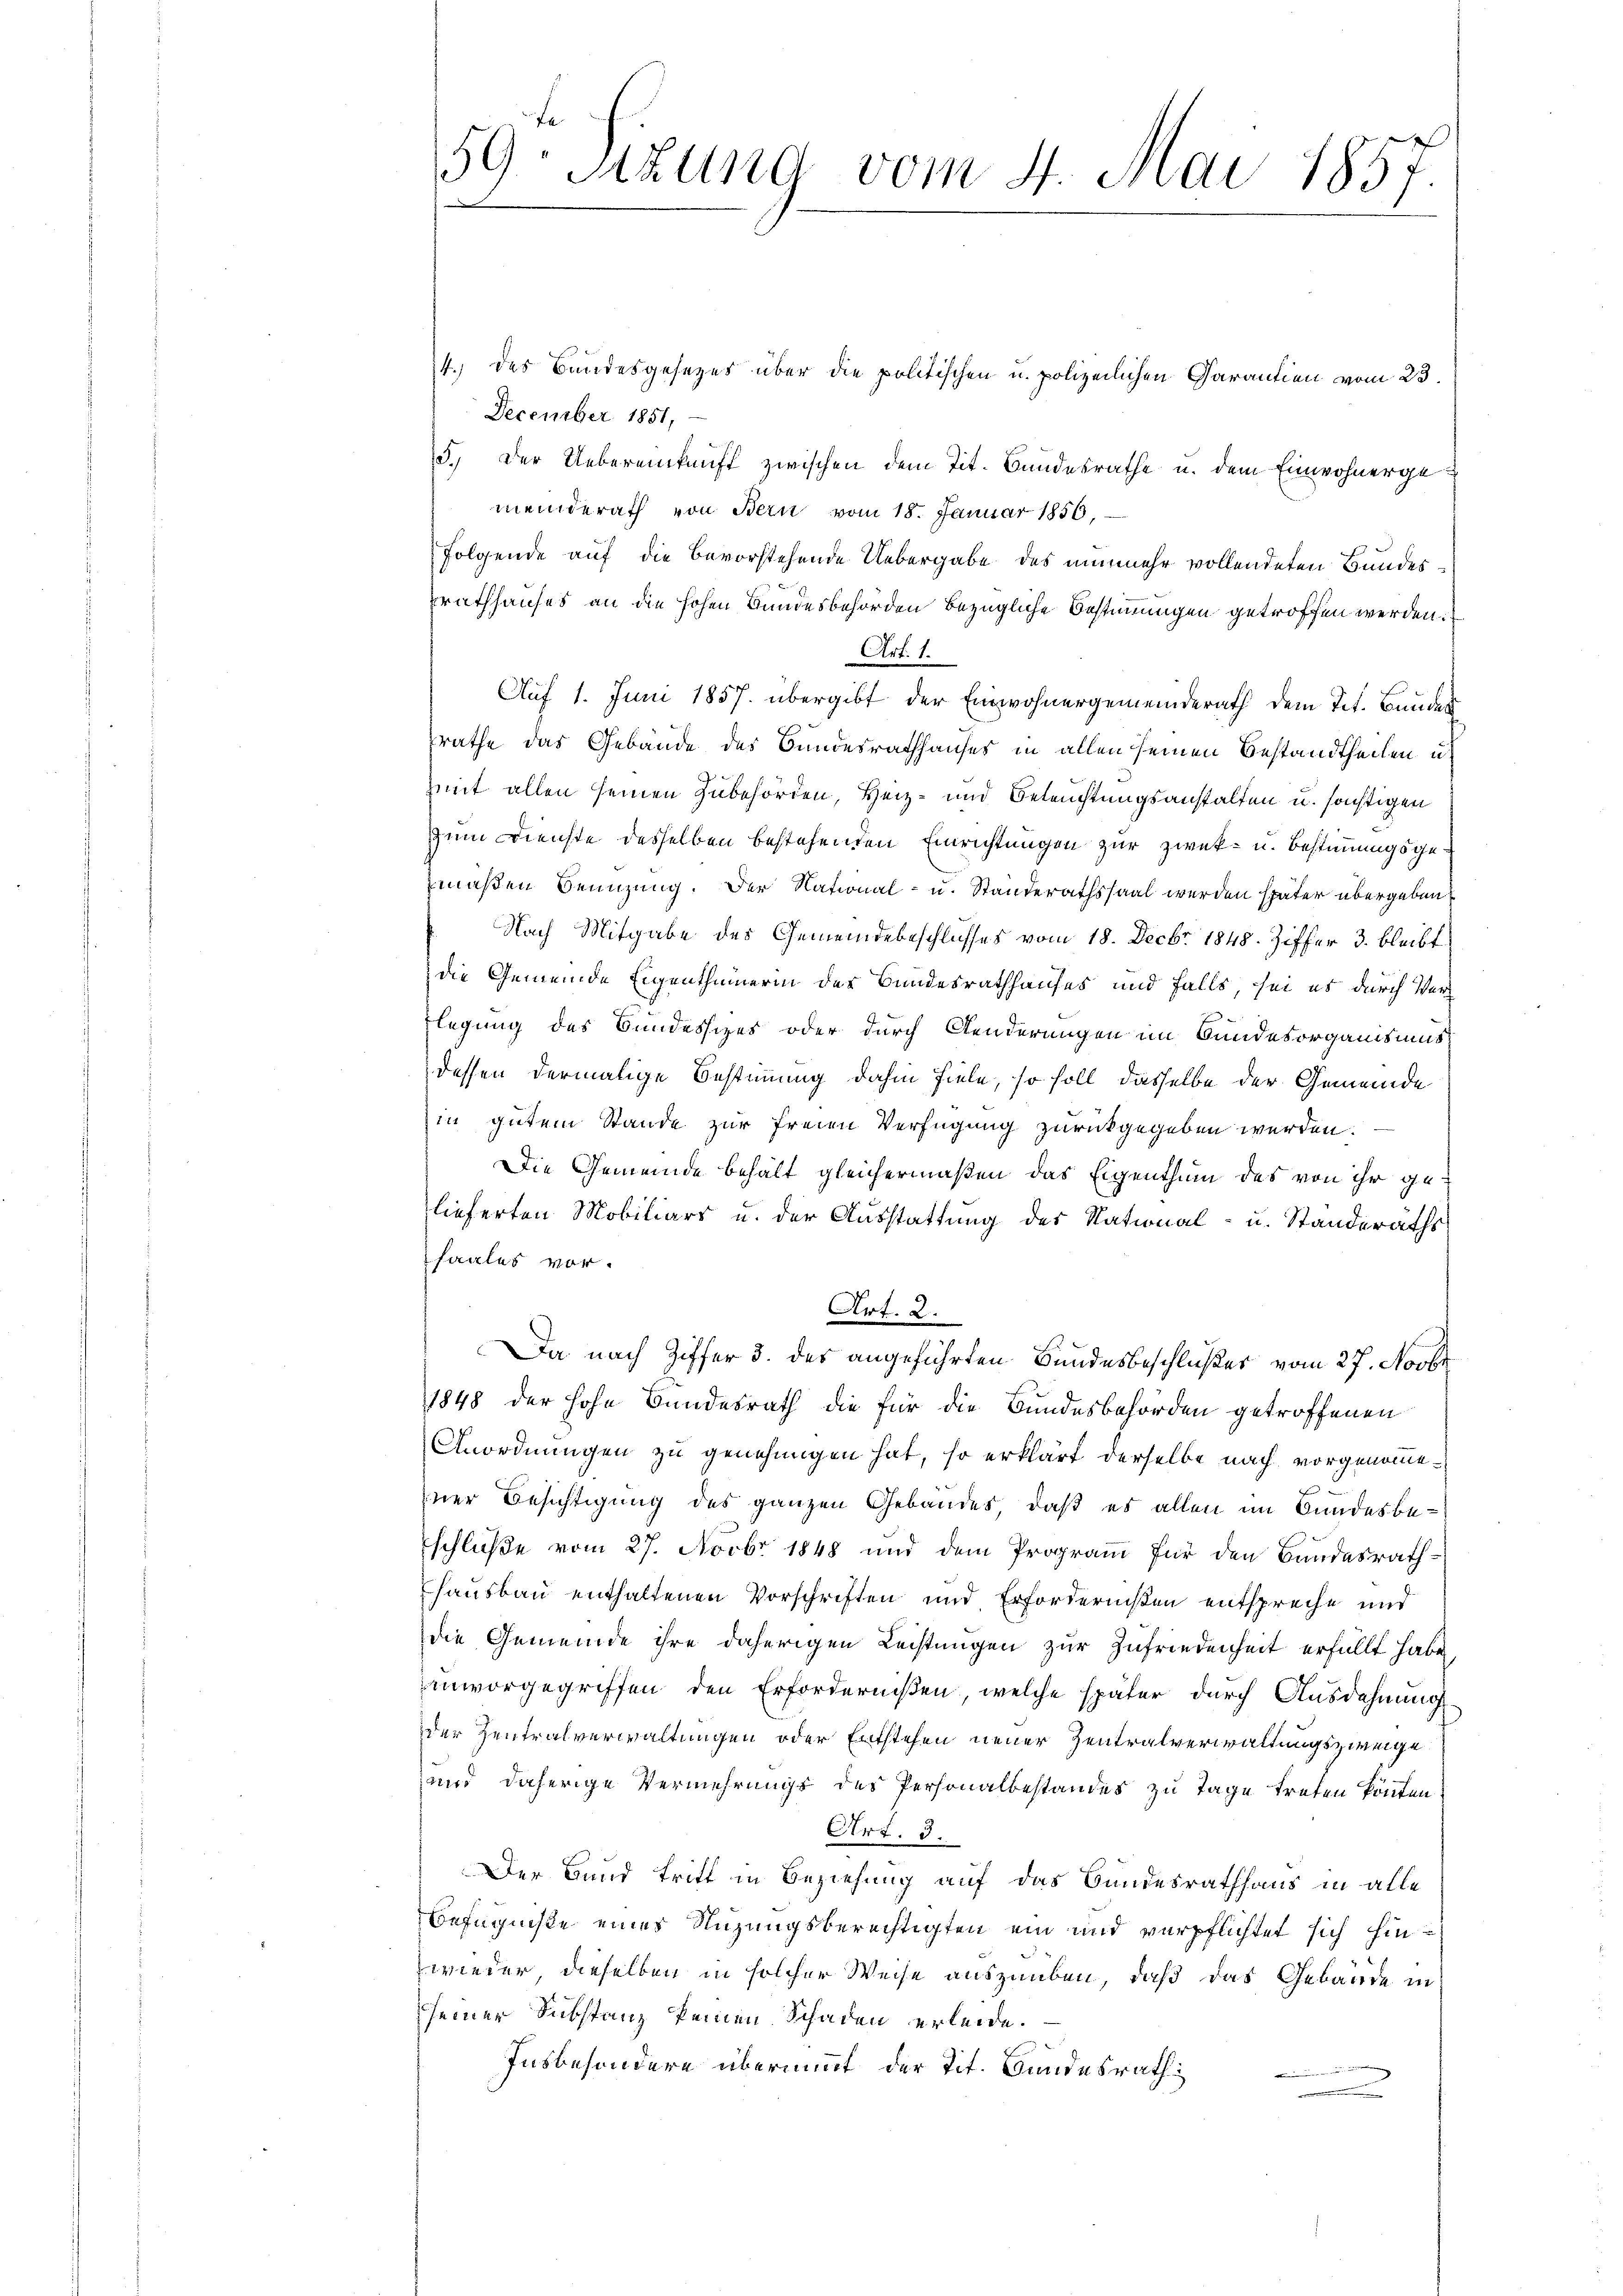
4. des Bandesgesezes über die politischen u. polizeilichen Garantien vom 23.
December 1851,
5.) Der Uebereinkunft zwischen dem Tit. Bundesrathe u. dem Einwohnergemeinderath von Bern vom 18. Januar 1856,
Folgende auf die bevorstehende Uebergabe des nunmehr vollendeten Bundesrathhauses an die hohen Bundesbehörden bezügliche Bestimmungen getroffen werden.
Art. 1.
Auf 1. Juni 1857. übergibt der Einwohnergemeinderath dem Tit. Bundes
räthe das Gebäude des Bundesrathhauses in allen seinen Bestandtheilen u
mit allen seinen Zubehörden, Heiz- und Beleuchtungsanstalten u. sonstigen
zum Dienste desselben bestehenden Einrichtungen zur zwek- u. Bestimmungsgemaßen Benutzung. Der National- u. Standerathssaal werden später übergeben
Nach Mitgabe des Gemeindebeschlusses vom 18. Decbr. 1848. Ziffer 3. bleibt
die Gemeinde Eigenthümerin des Bundesrathhauses und falls, sei es durch Verlegung des Bundessizes oder durch Aenderungen im Bundesorganismus
dessen dermalige Bestimmung dahin fiele, so soll dasselbe der Gemeinde
in gutem Stande zur freien Verfügung zurückgegeben werden.
Die Gemeinde behält gleichermaßen das Eigenthum des von ihr gelieferten Mobiliars u. der Ausstattung des National- u. Standeraths
saales vor.
Art. 2.
Da nach Ziffer 3. des angeführten Bundesbeschlußes vom 27. Novbr
1848 der hohe Bundesrath die für die Bundesbehörden getroffenen
Anordnungen zu genehmigen hat, so erklärt derselbe nach vorgenommener Besichtigung des ganzen Gebäudes, daß es allen im Bundesbeschluße vom 27. Novbr 1848 und dem Programm für den Bundesrath-
hausbau enthaltenen Vorschriften und Erfordernißen entspreche und
die Gemeinde ihre daherigen Leistungen zur Zufriedenheit erfüllt habe,
unvorgegriffen den Erfordernißen, welche später durch Ausdehnung
der Zentralverwaltungen oder Entstehen neuer Zentralverwaltungszweige
und daherige Vermehrungs des Personalbestandes zu Tage treten könnten.
Art. 3.
Der Bund tritt in Beziehung auf das Bundesrathhaus in alle
Befugnisse eines Nuzungsberechtigten ein und verpflichtet sich hinwieder dieselben in solcher Weise auszuüben, daß das Gebäude in
seiner Substanz keinen Schaden erleide.
Insbesondere übernimmt der Tit. Bundesrath
m

59. Sizung vom 4. Mai 1857.